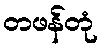
တဖန်တုံ